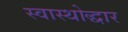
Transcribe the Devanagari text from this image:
स्वास्थोद्धार